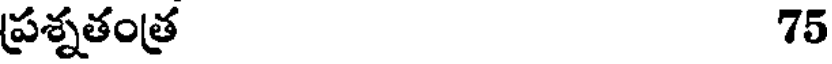
ప్రశ్నతంత్ర 75